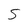
Character: S